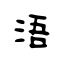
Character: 浯